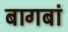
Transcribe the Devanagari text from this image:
बागबां